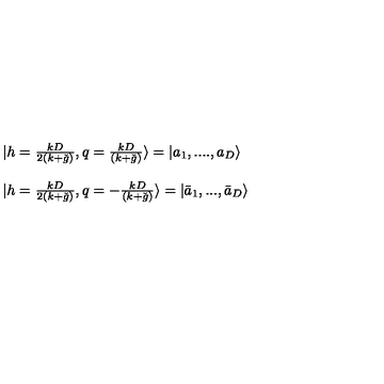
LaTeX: \begin{array} { l } { | h = \frac { k D } { 2 ( k + \check { g } ) } , q = \frac { k D } { ( k + \check { g } ) } \rangle = | a _ { 1 } , . . . . , a _ { D } \rangle } \\ { \ } \\ { | h = \frac { k D } { 2 ( k + \check { g } ) } , q = - \frac { k D } { ( k + \check { g } ) } \rangle = | \bar { a } _ { 1 } , . . . , \bar { a } _ { D } \rangle } \\ \end{array}